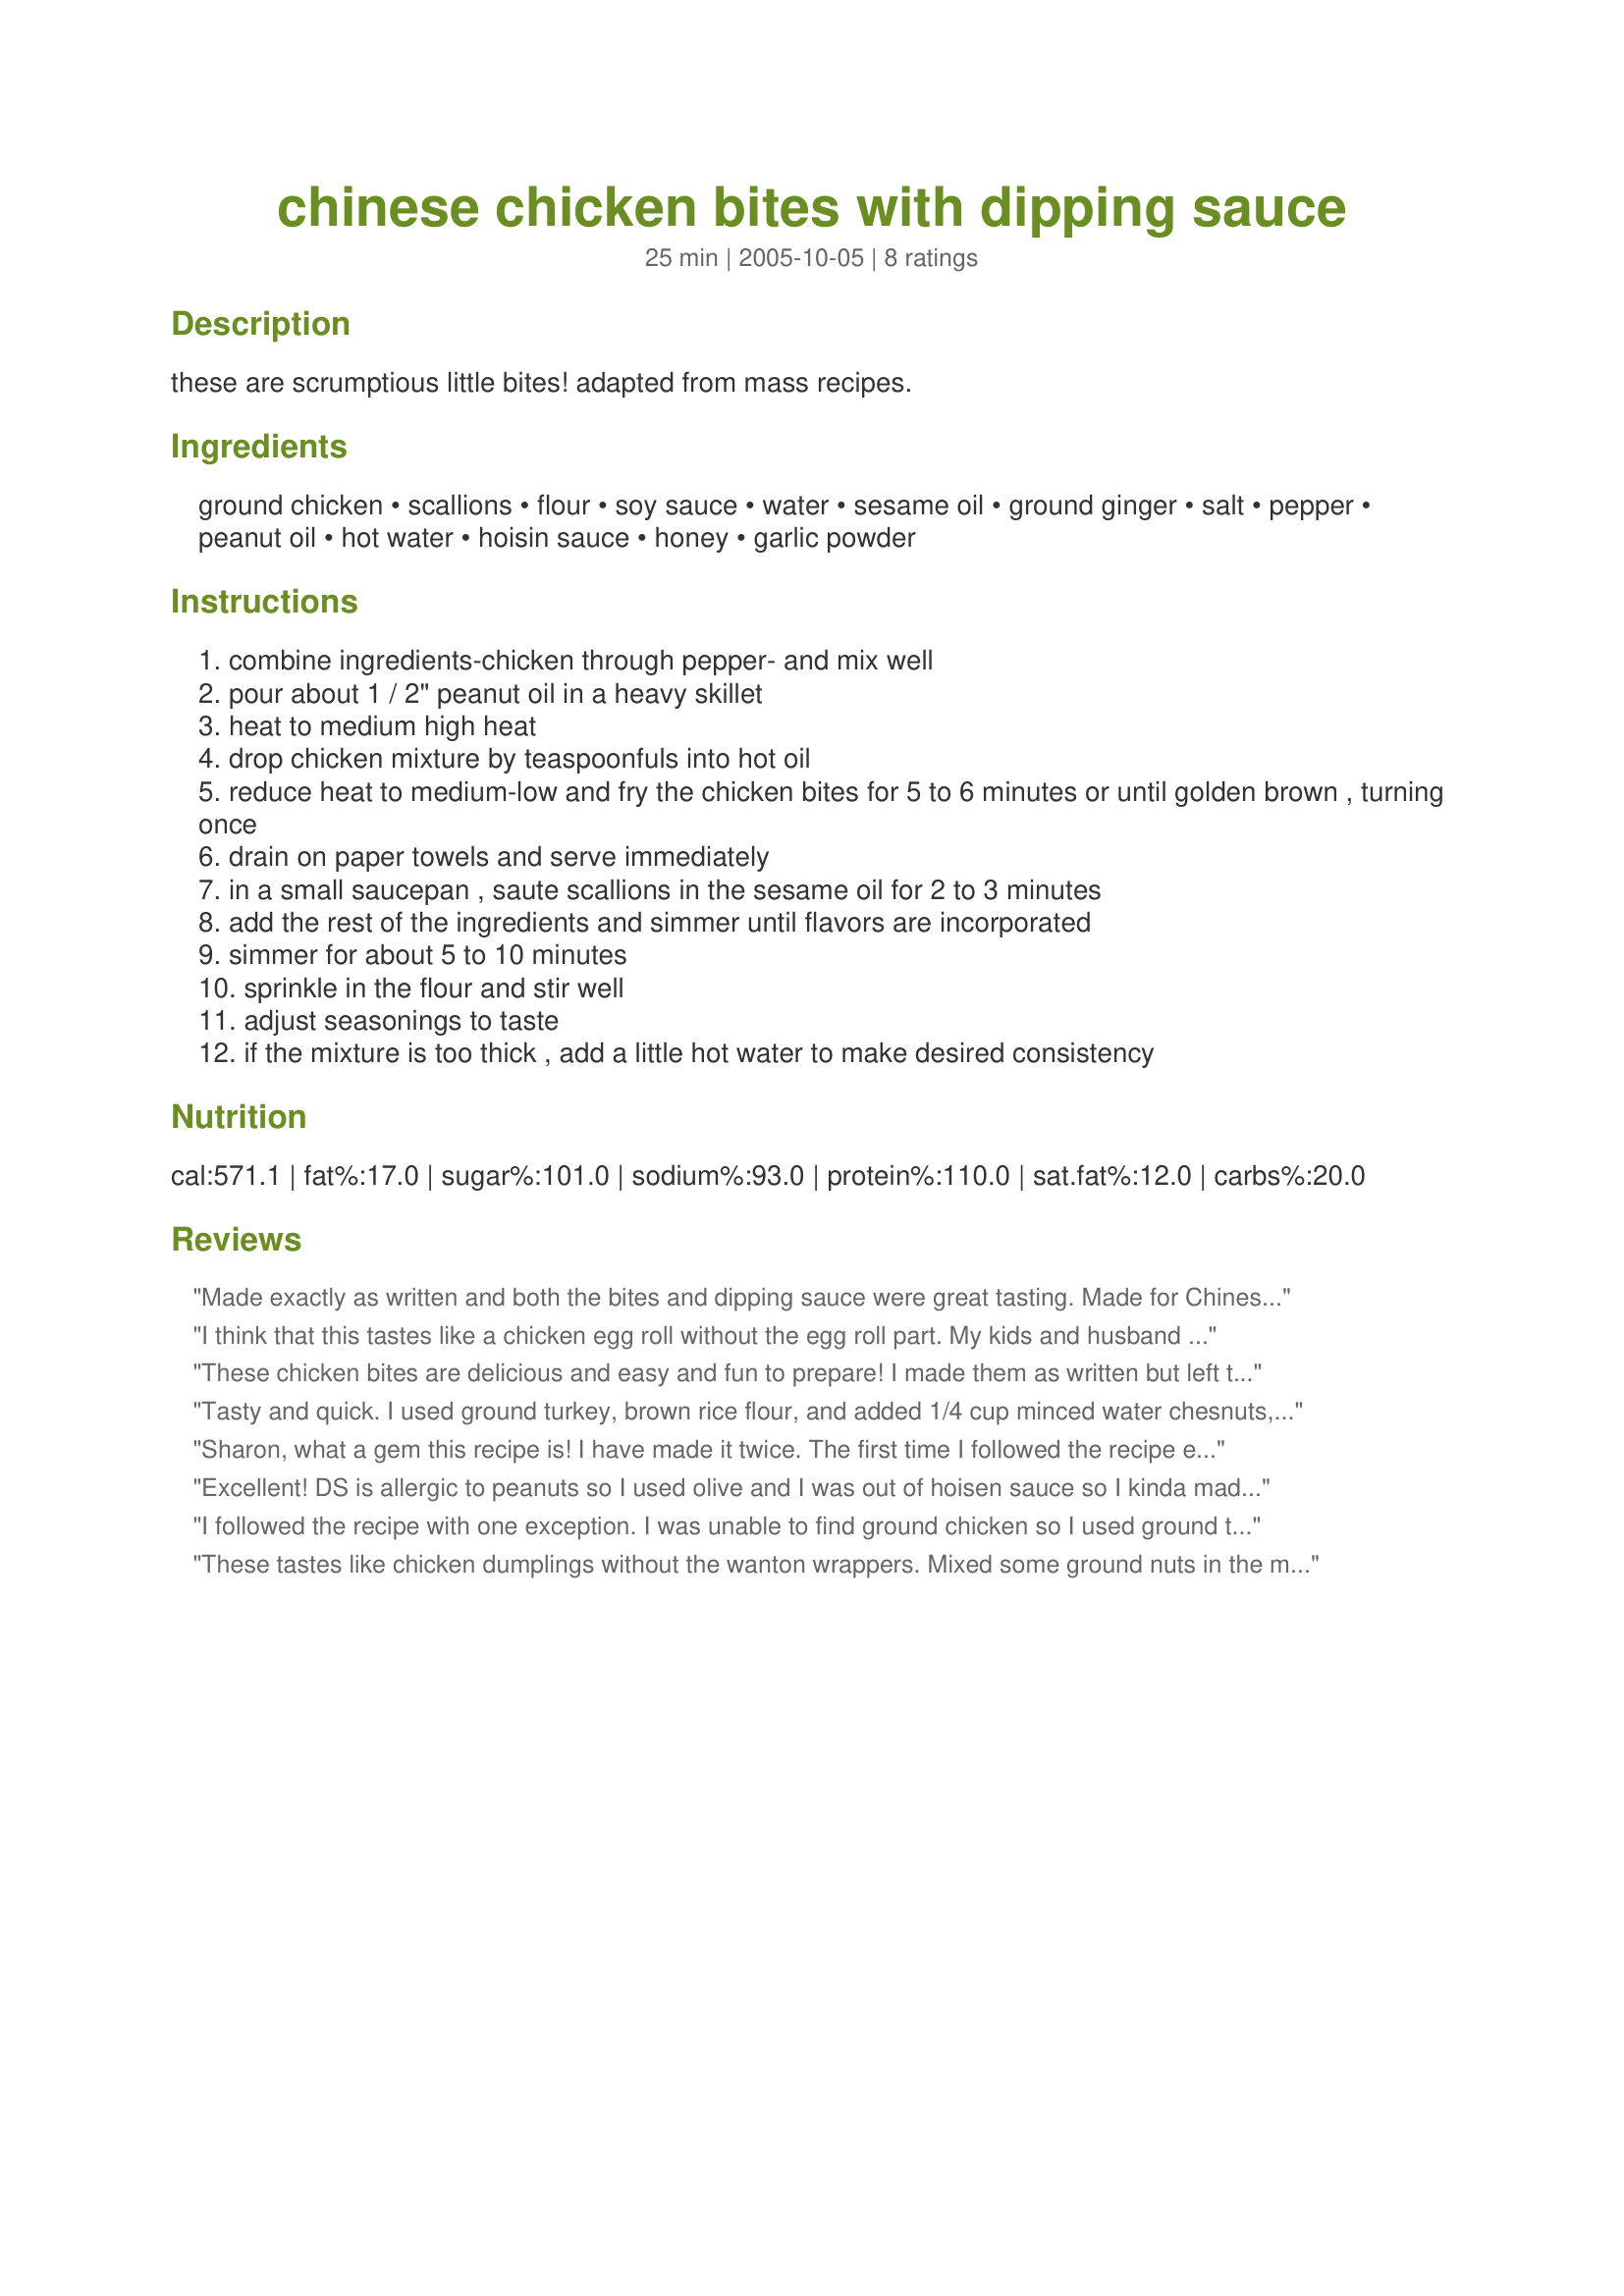
chinese chicken bites with dipping sauce
Preparation time: 25 minutes

these are scrumptious little bites! adapted from mass recipes.

Ingredients:
ground chicken, scallions, flour, soy sauce, water, sesame oil, ground ginger, salt, pepper, peanut oil, hot water, hoisin sauce, honey, garlic powder

Steps:
combine ingredients-chicken through pepper- and mix well
pour about 1 / 2" peanut oil in a heavy skillet
heat to medium high heat
drop chicken mixture by teaspoonfuls into hot oil
reduce heat to medium-low and fry the chicken bites for 5 to 6 minutes or until golden brown , turning once
drain on paper towels and serve immediately
in a small saucepan , saute scallions in the sesame oil for 2 to 3 minutes
add the rest of the ingredients and simmer until flavors are incorporated
simmer for about 5 to 10 minutes
sprinkle in the flour and stir well
adjust seasonings to taste
if the mixture is too thick , add a little hot water to make desired consistency

Reviews:
Made exactly as written and both the bites and dipping sauce were great tasting. Made for Chinese New Year Tag Game.
I think that this tastes like a chicken egg roll without the egg roll part. My kids and husband loved it and so did I. I didn't bother making the dipping sauce and instead used my old chicken egg roll "dip" standby, Grey Poupon Country Dijon Mustard. Yup, I'll definitely be repeating this recipe in the future....thank you!
These chicken bites are delicious and easy and fun to prepare! I made them as written but left the scallions out of the dipping sauce because if I'd added them, I'd be the only one using the dipping sauce! I DID add the scallions to the bites and my non-scallion eaters were none the wiser for it. My family really enjoyed these and I'm looking forward to making them again and adding some personal touches, such as....finely chopped water chestnuts, using minced fresh ginger and replacing the regular flour with rice flour. Oh, I also thickened the dipping sauce with 1 T. of cornstarch mixed with 1 T. water, instead of the flour. Thanks Sharon for this fun recipe, we loved it :)
Tasty and quick. I used ground turkey, brown rice flour, and added 1/4 cup minced water chesnuts, but otherwise followed the directions. DH thought they'd be great as appetizers and said to be sure not to lose the recipe. Thanks for sharing. I will make these again.
Sharon, what a gem this recipe is! I have made it twice. The first time I followed the recipe exactly and it was delicious. The second time I baked them instead of frying - I greased a baking pan with peanut oil, brushed the tops with a little peanut oil and baked in a 350° oven. It was equally as good. I served them as an appetizer, and the next time as a meal along side papergoddess's Shanghai Noodles. Everyone loved them! The sauce is also wonderful. Thank you so much for submitting this great recipe.
Excellent! DS is allergic to peanuts so I used olive and I was out of hoisen sauce so I kinda made something up but it was really really good.
I followed the recipe with one exception. I was unable to find ground chicken so I used ground turkey instead & they were great. I will try using ground beef next time. Thanks for this quick and easy recipe, my family enjoyed them. I love the sauce!
These tastes like chicken dumplings without the wanton wrappers. Mixed some ground nuts in the mixture since we didn't have the peanut oil. Dipping sauce was good, although I think DH might have placed more than a tbsp flour hence the thickness. Made 2 kinds of sauces, as is and w/ an added sweet chili sauce. Both sauces were good w/ this crunchy chicken bites. Thanks for posting this wonderful recipe. DH also gives this a 5.:) He now thinks he's a good cook basing on the success of this recipe. lol
